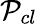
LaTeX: \mathcal{P}_{cl}